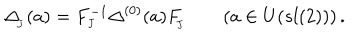
LaTeX: \Delta _ { _ { \! J } } ( a ) = F _ { _ { J } } ^ { - 1 } \Delta ^ { ( 0 ) } ( a ) F _ { _ { \! J } } ^ { } \qquad ( a \in U ( s l ( 2 ) ) ) \, .